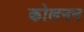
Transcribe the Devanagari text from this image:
कोलनन